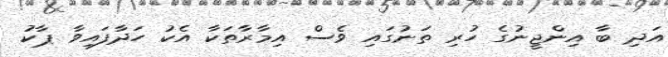
އަދި ބާ އިންޖީނުގެ ހުރި ތަނުގައި ވެސް އިމާރާތަކާ އެކު ހަދާފައިވާ ޕާކު